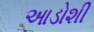
આડોશી